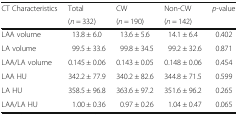
<table><thead><tr><td rowspan="2"><b>CT Characteristics</b></td><td><b>Total</b></td><td><b>CW</b></td><td><b>Non-CW</b></td><td rowspan="2"><b><i>p</i>-value</b></td></tr><tr><td><b>(<i>n</i> = 332)</b></td><td><b>(<i>n</i> = 190)</b></td><td><b>(<i>n</i> = 142)</b></td></tr></thead><tbody><tr><td>LAA volume</td><td>13.8 ± 6.0</td><td>13.6 ± 5.6</td><td>14.1 ± 6.4</td><td>0.402</td></tr><tr><td>LA volume</td><td>99.5 ± 33.6</td><td>99.8 ± 34.5</td><td>99.2 ± 32.6</td><td>0.871</td></tr><tr><td>LAA/LA volume</td><td>0.145 ± 0.06</td><td>0.143 ± 0.05</td><td>0.148 ± 0.06</td><td>0.454</td></tr><tr><td>LAA HU</td><td>342.2 ± 77.9</td><td>340.2 ± 82.6</td><td>344.8 ± 71.5</td><td>0.599</td></tr><tr><td>LA HU</td><td>358.5 ± 96.8</td><td>363.6 ± 97.2</td><td>351.6 ± 96.2</td><td>0.265</td></tr><tr><td>LAA/LA HU</td><td>1.00 ± 0.36</td><td>0.97 ± 0.26</td><td>1.04 ± 0.47</td><td>0.065</td></tr></tbody></table>